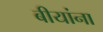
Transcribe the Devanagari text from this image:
बीयांना